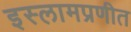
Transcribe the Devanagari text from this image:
इस्लामप्रणीत